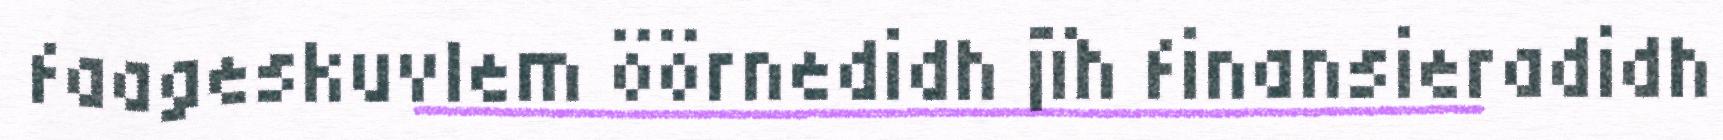
faageskuvlem öörnedidh jïh finansieradidh